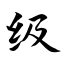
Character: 级